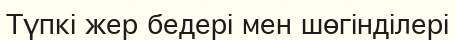
Түпкі жер бедері мен шөгінділері